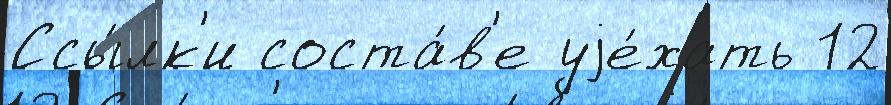
Ссы́лк'и соста́в'е уjе́хать 12